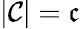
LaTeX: |{\mathcal{C}}|={\mathfrak{c}}